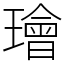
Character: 璯